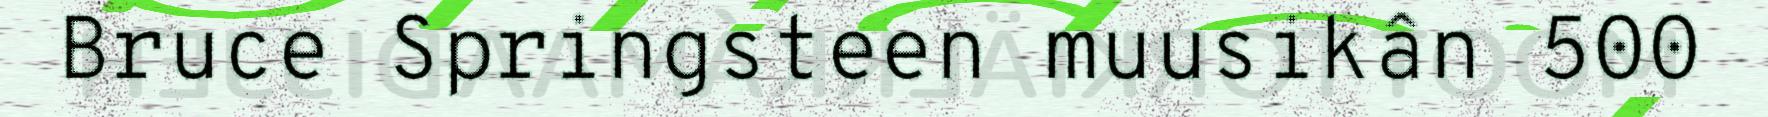
Bruce Springsteen muusikân 500